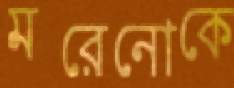
মরেনোকে